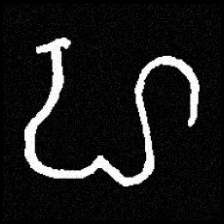
Pyu character \u2014 Myanmar letter: ဟ (romanized: ha)